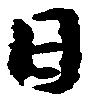
日